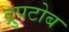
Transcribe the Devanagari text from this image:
द्रुपटोब